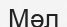
Мәл